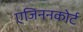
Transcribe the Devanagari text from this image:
एजिननकोर्ट